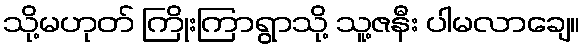
သို့မဟုတ် ကြိုးကြာရွာသို့ သူ့ဇနီး ပါမလာချေ။